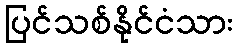
ပြင်သစ်နိုင်ငံသား